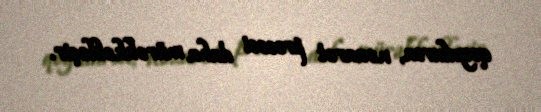
qoyulursa, nəzarət prosesi daha mürəkkəbləşir.